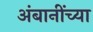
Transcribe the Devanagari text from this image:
अंबानींच्या